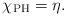
LaTeX: \begin{align*}\chi_{\rm PH} = \eta.\end{align*}